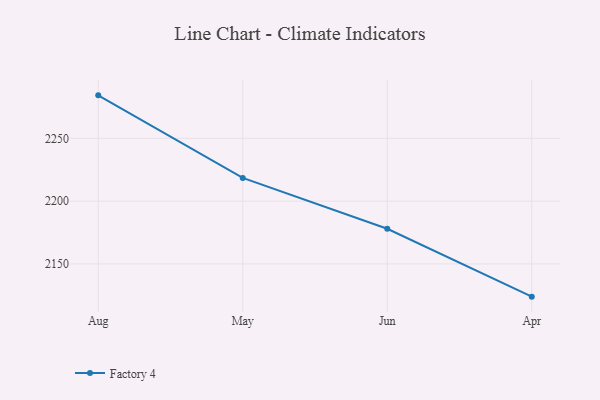
{"axis": {"x": "Month", "y": "Revenue (USD Million)"}, "legend": ["Factory 4"], "data": [{"x": "Aug", "y": 2284.2, "type": "Factory 4"}, {"x": "May", "y": 2218.5, "type": "Factory 4"}, {"x": "Jun", "y": 2178.0, "type": "Factory 4"}, {"x": "Apr", "y": 2124.0, "type": "Factory 4"}]}